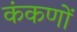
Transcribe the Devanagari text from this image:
कंकणों